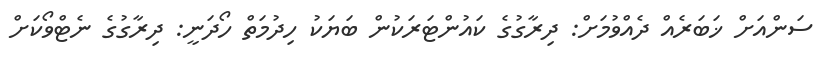
ސަންއަށް ޚަބަރެއް ދެއްވުމަށް: ދިރާގުގެ ކައުންޓަރަކުން ބަޔަކު ހިދުމަތް ހޯދަނީ: ދިރާގުގެ ނެޓްވޯކަށް